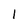
Character: 1